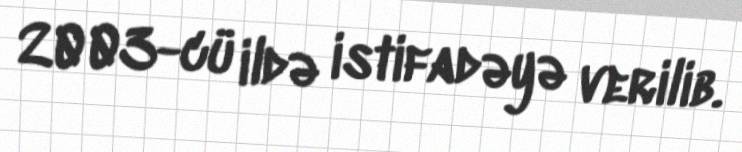
2003-cü ildə istifadəyə verilib.